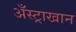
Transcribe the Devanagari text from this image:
अँस्ट्राखान